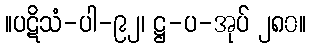
။ပဋိသံ-ပါ-၉၂၊ ဋ္ဌ-ပ-အုပ် ၂၈၀။